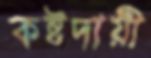
কষ্টদায়ী